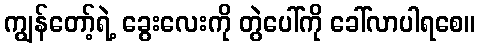
ကျွန်တော့်ရဲ့ ခွေးလေးကို တွဲပေါ်ကို ခေါ်လာပါရစေ။